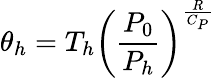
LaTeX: \theta_{h}=T_{h}\left(\frac{P_{0}}{P_{h}}\right)^{\frac{R}{C_{P}}}